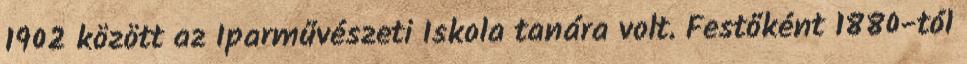
1902 között az Iparművészeti Iskola tanára volt. Festőként 1880-tól